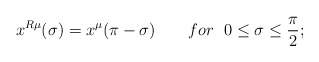
\begin{align*}x^{R\mu}(\sigma)=x^{\mu}(\pi-\sigma)~~~~~~for~~0\leq\sigma\leq \frac{\pi}{2};\end{align*}